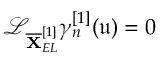
\mathcal { L } _ { \overline { { \mathbf { X } } } _ { E L } ^ { [ 1 ] } } \gamma _ { n } ^ { [ 1 ] } ( \mathfrak { u } ) = 0